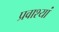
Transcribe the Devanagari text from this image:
प्रवाश्यां